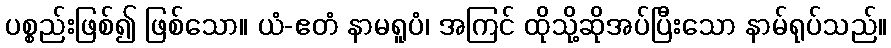
ပစ္စည်းဖြစ်၍ ဖြစ်သော။ ယံ-ဧတံ နာမရူပံ၊ အကြင် ထိုသို့ဆိုအပ်ပြီးသော နာမ်ရုပ်သည်။